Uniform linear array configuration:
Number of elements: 32
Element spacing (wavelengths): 0.25
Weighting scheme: binomial
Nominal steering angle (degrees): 45
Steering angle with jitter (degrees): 45.603
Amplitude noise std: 0.05
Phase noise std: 0.05

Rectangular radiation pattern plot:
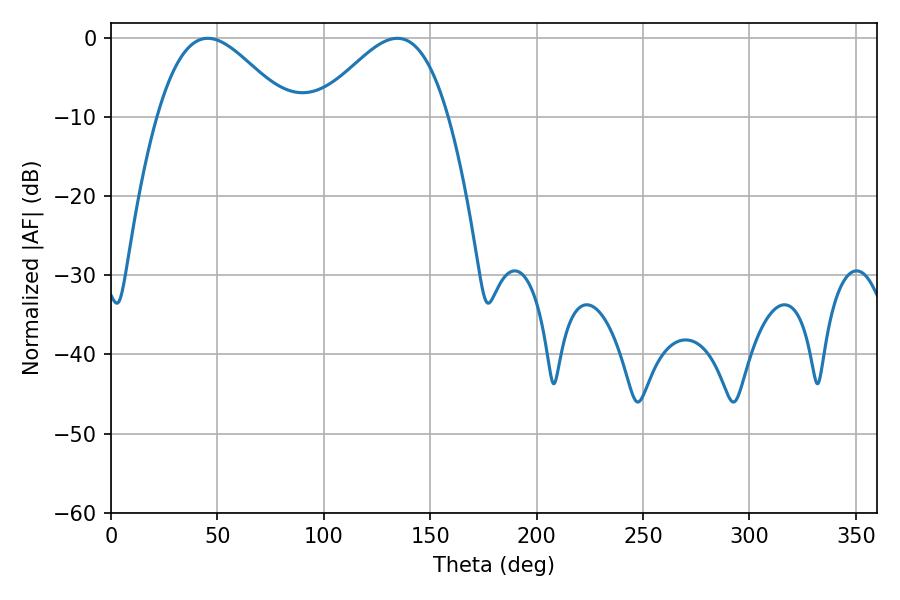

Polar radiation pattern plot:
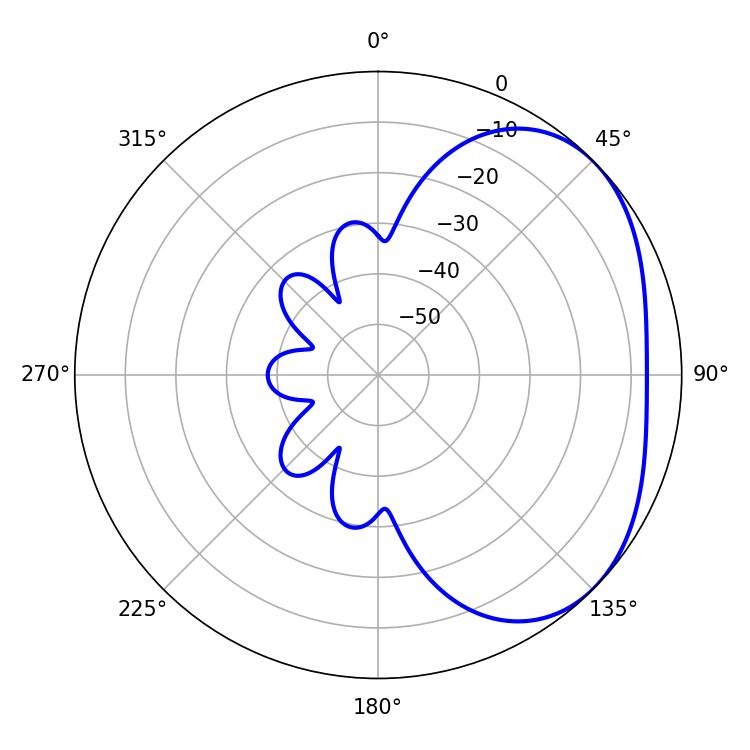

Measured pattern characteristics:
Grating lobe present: FALSE
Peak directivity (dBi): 3.127
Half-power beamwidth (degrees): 32.94
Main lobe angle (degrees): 45.54